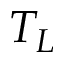
T _ { L }